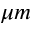
\mu m